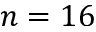
n = 1 6